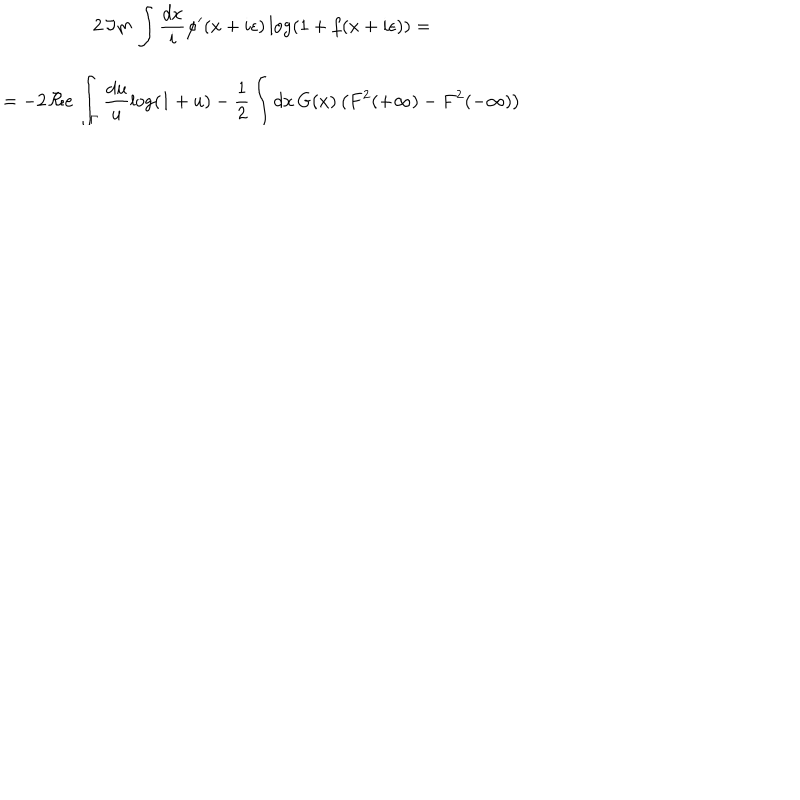
LaTeX: \begin{array} { c } { { 2 \, \Im m \, \displaystyle \int \displaystyle \frac { d x } { i } \varphi ^ { \prime } ( x + i \epsilon ) \log ( 1 + f ( x + i \epsilon ) ) = } } \\ { { = - 2 \, \Re e \, \displaystyle \int _ { \Gamma } \displaystyle \frac { d u } { u } \log ( 1 + u ) - \displaystyle \frac { 1 } { 2 } \displaystyle \int d x \, G ( x ) \left( F ^ { 2 } ( + \infty ) - F ^ { 2 } ( - \infty ) \right) } } \\ \end{array}